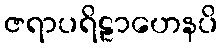
ဇရာပရိဠာဟေနပိ